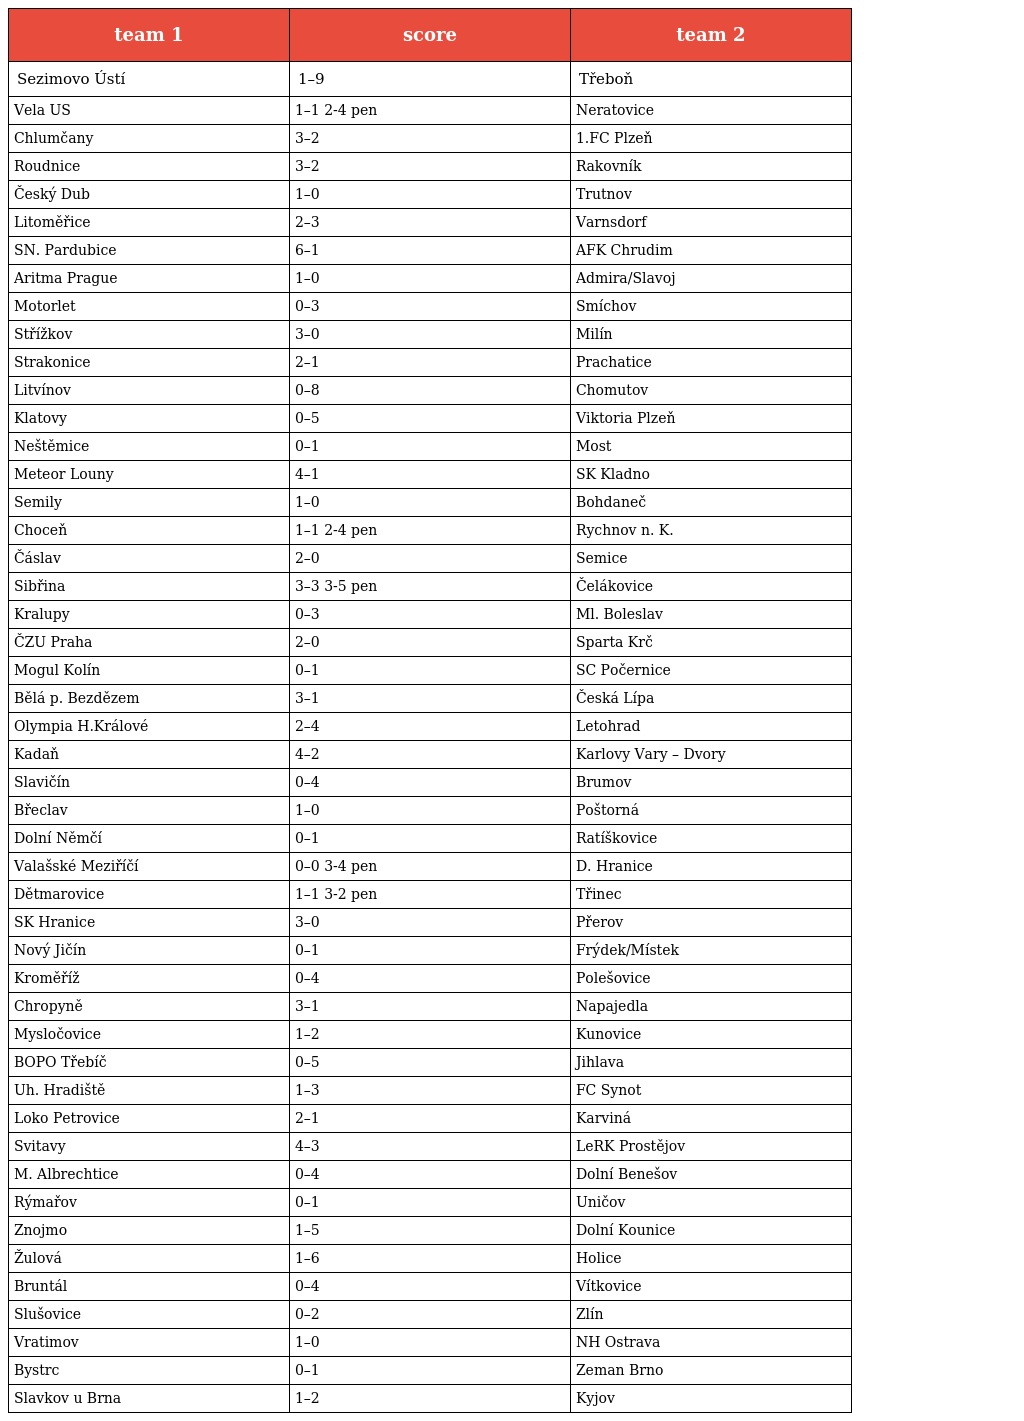
| team 1 | score | team 2 |
 | --- | --- | --- |
 | Sezimovo Ústí | 1–9 | Třeboň |
 | Vela US | 1–1 2-4 pen | Neratovice |
 | Chlumčany | 3–2 | 1.FC Plzeň |
 | Roudnice | 3–2 | Rakovník |
 | Český Dub | 1–0 | Trutnov |
 | Litoměřice | 2–3 | Varnsdorf |
 | SN. Pardubice | 6–1 | AFK Chrudim |
 | Aritma Prague | 1–0 | Admira/Slavoj |
 | Motorlet | 0–3 | Smíchov |
 | Střížkov | 3–0 | Milín |
 | Strakonice | 2–1 | Prachatice |
 | Litvínov | 0–8 | Chomutov |
 | Klatovy | 0–5 | Viktoria Plzeň |
 | Neštěmice | 0–1 | Most |
 | Meteor Louny | 4–1 | SK Kladno |
 | Semily | 1–0 | Bohdaneč |
 | Choceň | 1–1 2-4 pen | Rychnov n. K. |
 | Čáslav | 2–0 | Semice |
 | Sibřina | 3–3 3-5 pen | Čelákovice |
 | Kralupy | 0–3 | Ml. Boleslav |
 | ČZU Praha | 2–0 | Sparta Krč |
 | Mogul Kolín | 0–1 | SC Počernice |
 | Bělá p. Bezdězem | 3–1 | Česká Lípa |
 | Olympia H.Králové | 2–4 | Letohrad |
 | Kadaň | 4–2 | Karlovy Vary – Dvory |
 | Slavičín | 0–4 | Brumov |
 | Břeclav | 1–0 | Poštorná |
 | Dolní Němčí | 0–1 | Ratíškovice |
 | Valašské Meziříčí | 0–0 3-4 pen | D. Hranice |
 | Dětmarovice | 1–1 3-2 pen | Třinec |
 | SK Hranice | 3–0 | Přerov |
 | Nový Jičín | 0–1 | Frýdek/Místek |
 | Kroměříž | 0–4 | Polešovice |
 | Chropyně | 3–1 | Napajedla |
 | Mysločovice | 1–2 | Kunovice |
 | BOPO Třebíč | 0–5 | Jihlava |
 | Uh. Hradiště | 1–3 | FC Synot |
 | Loko Petrovice | 2–1 | Karviná |
 | Svitavy | 4–3 | LeRK Prostějov |
 | M. Albrechtice | 0–4 | Dolní Benešov |
 | Rýmařov | 0–1 | Uničov |
 | Znojmo | 1–5 | Dolní Kounice |
 | Žulová | 1–6 | Holice |
 | Bruntál | 0–4 | Vítkovice |
 | Slušovice | 0–2 | Zlín |
 | Vratimov | 1–0 | NH Ostrava |
 | Bystrc | 0–1 | Zeman Brno |
 | Slavkov u Brna | 1–2 | Kyjov |